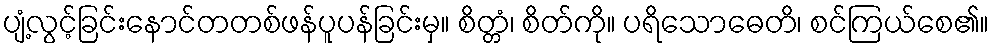
ပျံ့လွင့်ခြင်းနောင်တတစ်ဖန်ပူပန်ခြင်းမှ။ စိတ္တံ၊ စိတ်ကို။ ပရိသောဓေတိ၊ စင်ကြယ်စေ၏။